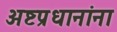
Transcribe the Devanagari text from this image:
अष्टप्रधानांना